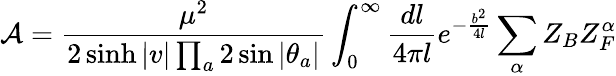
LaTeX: {\cal A}=\frac{\mu^{2}}{2\sinh|v|\prod_{a}2\sin|\theta_{a}|}\int_{0}^{\infty}\frac{dl}{4\pi l}e^{-\frac{b^{2}}{4l}}\sum_{\alpha}Z_{B}Z_{F}^{\alpha}